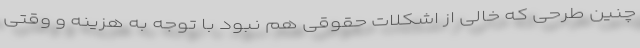
چنین طرحی که خالی از اشکلات حقوقی هم نبود با توجه به هزینه و وقتی